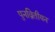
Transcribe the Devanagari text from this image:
पुनव्रितीयन